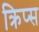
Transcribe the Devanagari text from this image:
क्रिप्‍स